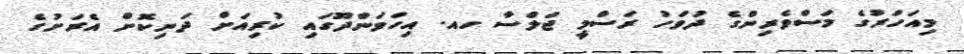
މިއަހަރުގެ މަސްވެރިންގެ ދުވަހު ރަސްމީ ޖަލްސާ ހއ. އިހަވަންދޫގައި ކުރިއަށް ދަނިކޮށް އެރަށުގެ